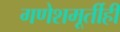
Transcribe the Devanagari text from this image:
गणेशमूर्तीही